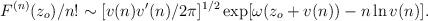
LaTeX: \begin{align*}F^{(n)} (z_o)/n!\sim [v(n)v'(n)/2\pi ]^{1/2}\exp [\omega (z_o +v(n))-n\ln v(n)].\end{align*}